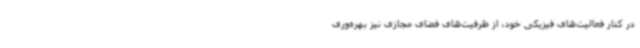
در کنار فعالیت‌های فیزیکی خود، از ظرفیت‌های فضای مجازی نیز بهره‌وری